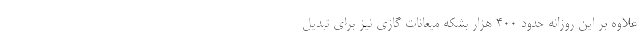
علاوه بر این روزانه حدود 400 هزار بشکه میعانات گازی نیز برای تبدیل